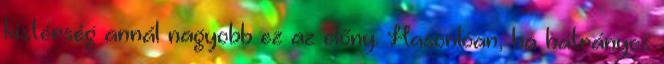
kistérség annál nagyobb ez az előny. Hasonlóan, ha hátrányos